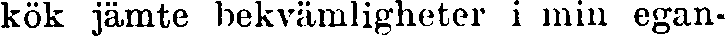
kök jämte bekvämligheter i min egan-